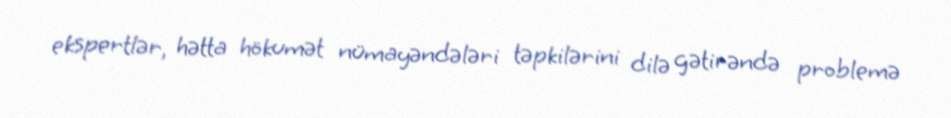
ekspertlər, hətta hökumət nümayəndələri təpkilərini dilə gətirəndə problemə